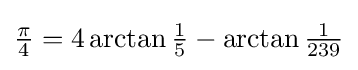
{\textstyle {\frac {\pi }{4}}=4\arctan {\frac {1}{5}}-\arctan {\frac {1}{239}}}